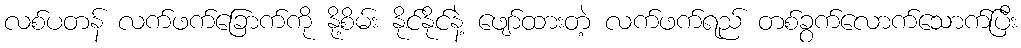
လစ်ပတန် လက်ဖက်ခြောက်ကို နို့စိမ်း နိုင်နိုင်နဲ့ ဖျော်ထားတဲ့ လက်ဖက်ရည် တစ်ခွက်လောက်သောက်ပြီး